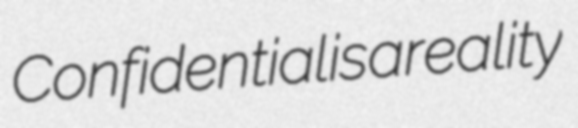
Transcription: Confidential is a reality